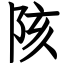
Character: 陔